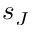
s _ { J }